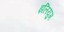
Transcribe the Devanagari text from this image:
इलियुम